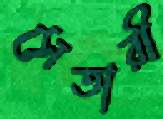
সেতারী